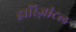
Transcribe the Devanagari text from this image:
हारिज़ांटल